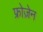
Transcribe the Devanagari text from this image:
फ्रोज़ेन